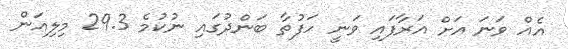
އެއް ވަނަ އަށް އަރާފައި ވަނީ ހަފުތާ ބަންދުގައި ނުކުމެ 29.3 މިލިއަން